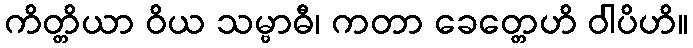
ကိတ္တိယာ ဝိယ သမ္ဗာဓီ၊ ကတာ ခေတ္တေဟိ ဝါပိဟိ။